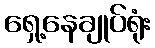
ရှေ့နေချုပ်ရုံး